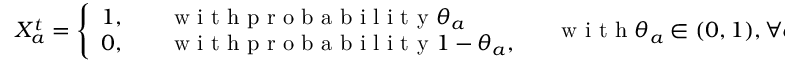
X _ { a } ^ { t } = \left\{ \begin{array} { l l } { 1 , \quad } & { \mathrm { ~ w ~ i ~ t ~ h ~ p ~ r ~ o ~ b ~ a ~ b ~ i ~ l ~ i ~ t ~ y ~ } \theta _ { a } } \\ { 0 , } & { \mathrm { ~ w ~ i ~ t ~ h ~ p ~ r ~ o ~ b ~ a ~ b ~ i ~ l ~ i ~ t ~ y ~ } 1 - \theta _ { a } , } \end{array} \right. \quad \mathrm { ~ w ~ i ~ t ~ h ~ } \theta _ { a } \in ( 0 , 1 ) , \forall a \in \mathcal { A } .